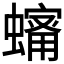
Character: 𧒠